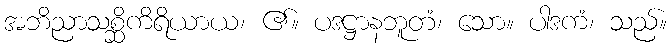
အဘိညာသစ္ဆိကိရိယာယ၊ ၏။ ပဒဋ္ဌာနဘူတံ၊ သော။ ပါဒကံ၊ သည်။